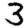
Digit: 3